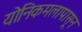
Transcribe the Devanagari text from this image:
योनिकमलापासून